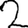
Digit: 2